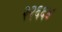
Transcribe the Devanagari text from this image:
२२६६४